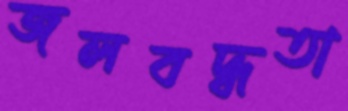
জলবদ্ধতা